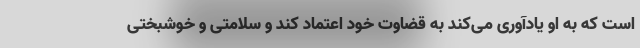
است که به او یادآوری می‌کند به قضاوت خود اعتماد کند و سلامتی و خوشبختی